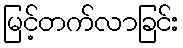
မြင့်တက်လာခြင်း